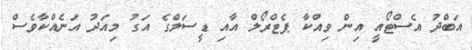
އަބްދު އެސްޓޯއީ އިން ވިއްކާ ޕެޓްރޯލް އާއި ޑީސަލްގެ އަގު މިއަދު އަނެއްކާވެސް